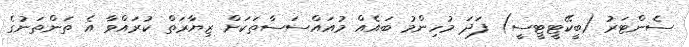
ސެންޓަރު (ބީކޭޓީޓީސީ) ފަދަ މުހިންމު ބައެއް މުއައްސަސާތަކަށް ޒިޔާރަތް ކުރައްވާ އެ ތަންތަނުގެ